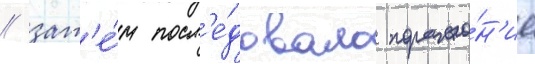
/ зат'е́м посл'е́довало пораже́н'ие